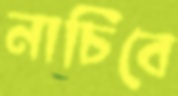
নাচিবে